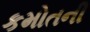
કમોતની